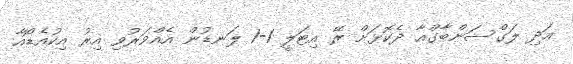
އަދި ލަގްސަންބާގްއާ ދެކޮޅަށް ރޭ އިޓަލީ 1-1 ލަނޑުން އެއްވަރުވި އިރު އިކުއެޑޯއާ